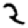
Digit: 2